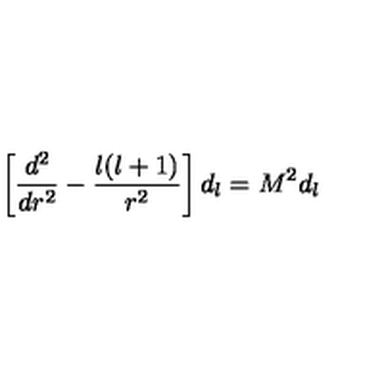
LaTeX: \left[ { \frac { d ^ { 2 } } { d r ^ { 2 } } } - { \frac { l ( l + 1 ) } { r ^ { 2 } } } \right] d _ { l } = M ^ { 2 } d _ { l }